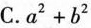
C.a^2+b^2